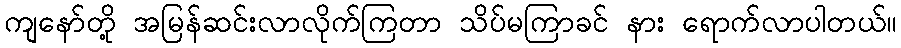
ကျနော်တို့ အမြန်ဆင်းလာလိုက်ကြတာ သိပ်မကြာခင် နား ရောက်လာပါတယ်။